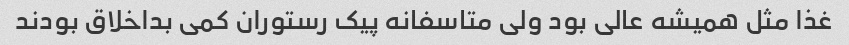
غذا مثل همیشه عالی بود ولی متاسفانه پیک رستوران کمی بداخلاق بودند